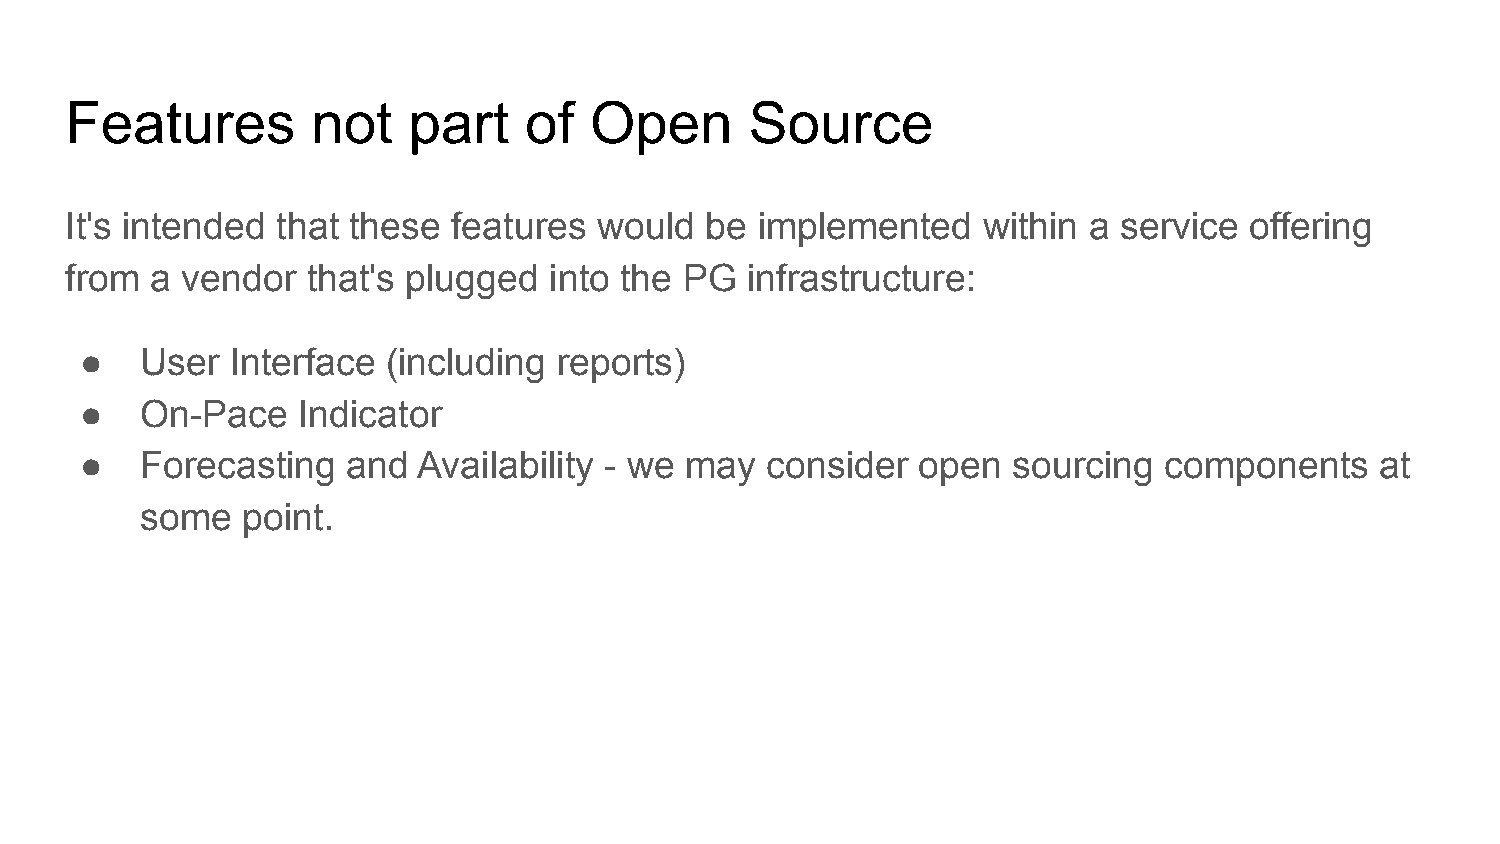
Features         not   part    of  Open       Source
 It's intended that these  features  would  be implemented    within a service  offering
 from  a vendor  that's plugged  into the PG  infrastructure:
 ●   User  Interface  (including reports)
 ●   On-Pace    Indicator
 ●   Forecasting   and  Availability - we may  consider  open  sourcing  components    at
 some   point.